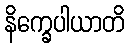
နိက္ခေပါယာတိ